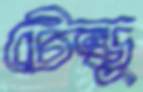
টেল্ডু